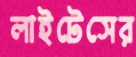
লাইটেসের